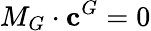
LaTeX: M_{G}\cdot\mathbf{c}^{G}=0